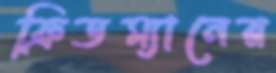
ফ্রিডম্যানের